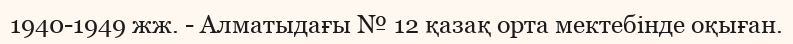
1940-1949 жж. - Алматыдағы № 12 қазақ орта мектебінде оқыған.